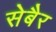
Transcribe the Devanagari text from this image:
सेबैर